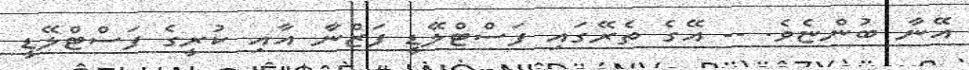
އޭނާ ބުންޏެވެ. -- އޭގެ ތެރޭގައި ފަސްޓްލޭޑީ ފަޒްނާ އާއި ކުރީގެ ފަސްޓްލޭޑީ